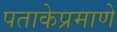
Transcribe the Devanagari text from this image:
पताकेप्रमाणे